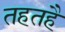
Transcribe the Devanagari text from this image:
तहतहै